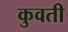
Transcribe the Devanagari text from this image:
कुवती